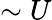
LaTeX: \sim U